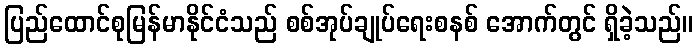
ပြည်ထောင်စုမြန်မာနိုင်ငံသည် စစ်အုပ်ချုပ်ရေးစနစ် အောက်တွင် ရှိခဲ့သည်။